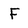
Character: F